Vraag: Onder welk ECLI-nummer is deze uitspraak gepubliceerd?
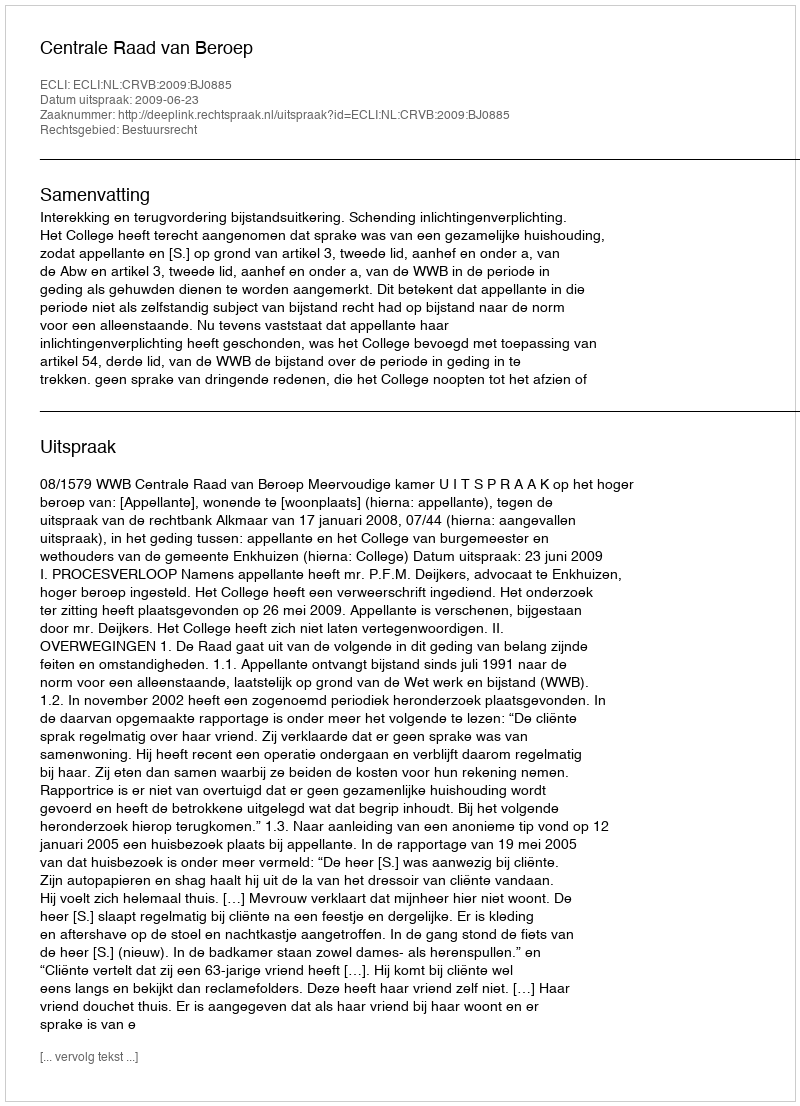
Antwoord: ECLI:NL:CRVB:2009:BJ0885